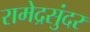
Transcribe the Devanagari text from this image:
रामेद्रसुंदर